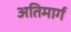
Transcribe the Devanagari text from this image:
अतिमार्ग